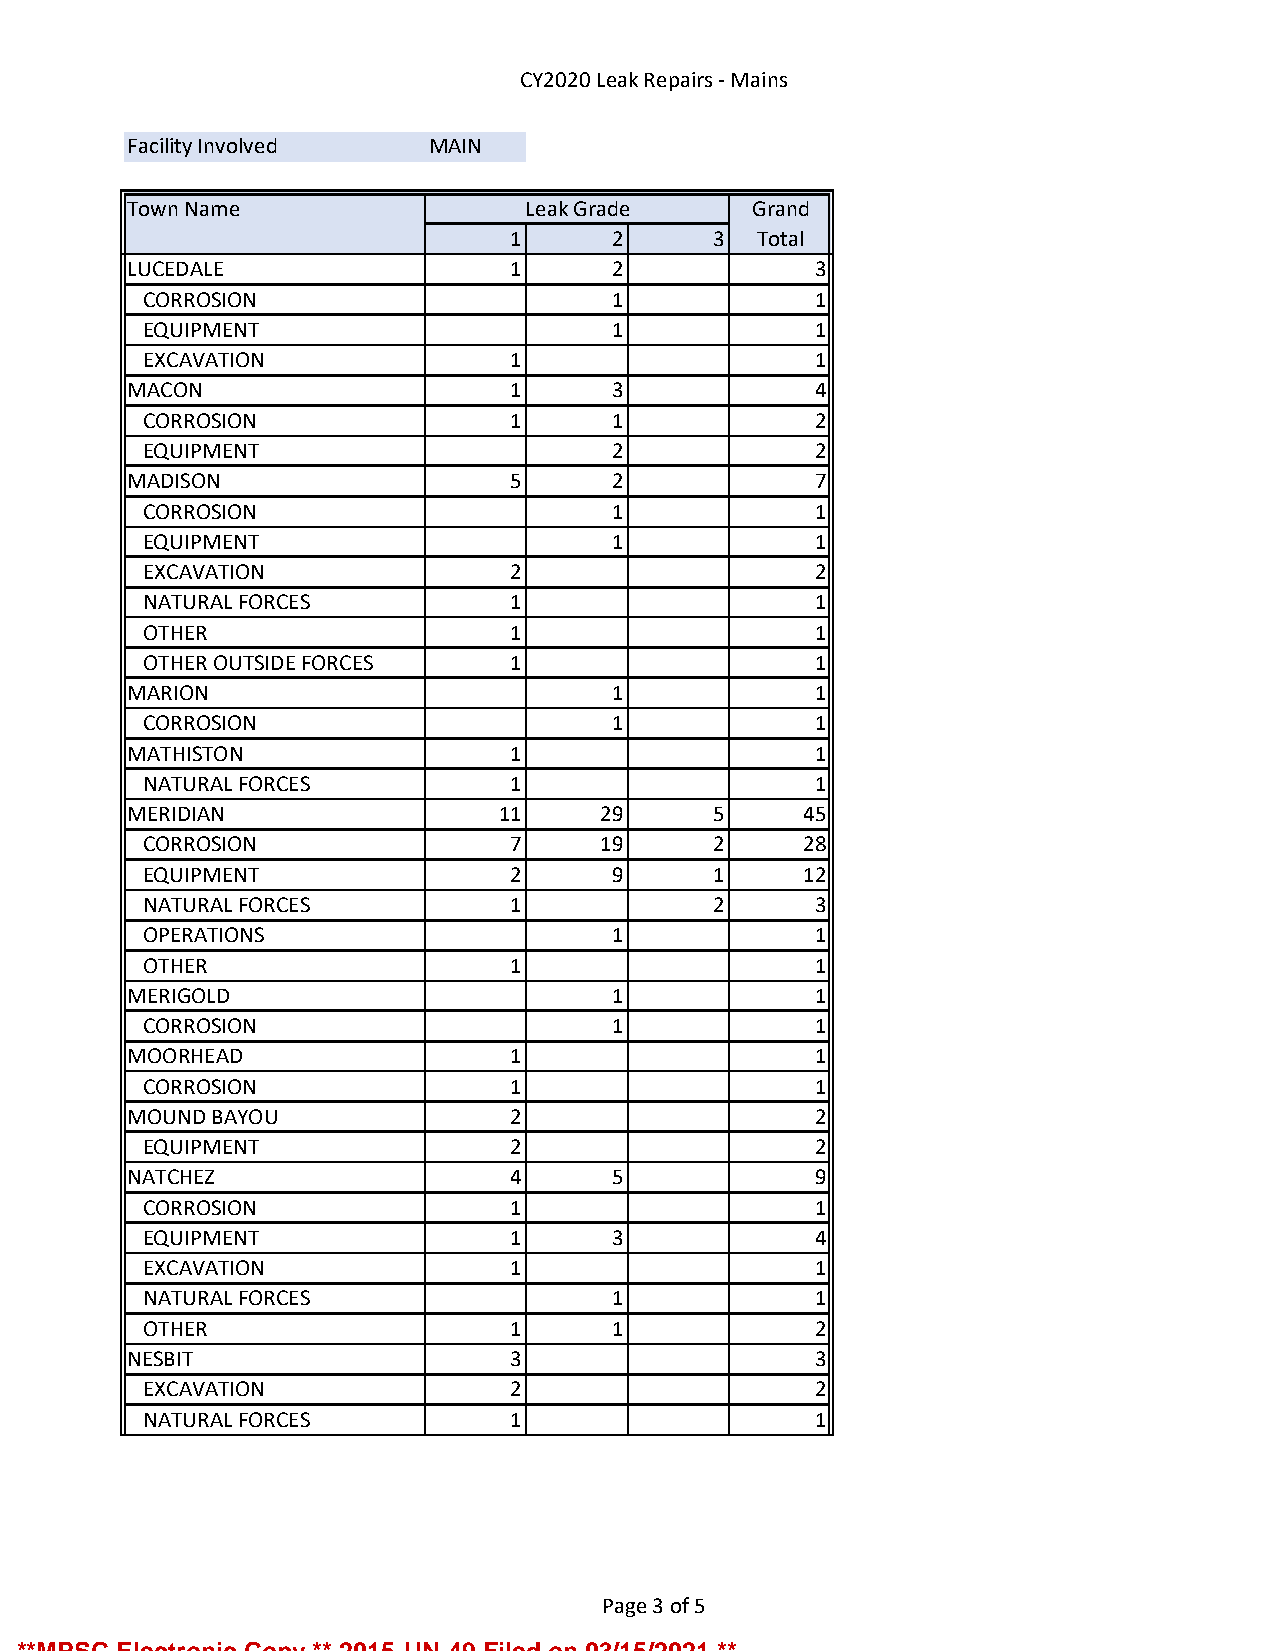
CY2020 Leak Repairs - Mains
 Facility Involved   MAIN
 Town Name                 Leak Grade     Grand
 1      2     3  Total
 LUCEDALE                 1      2            3
 CORROSION                      1            1
 EQUIPMENT                      1            1
 EXCAVATION              1                   1
 MACON                    1      3            4
 CORROSION               1      1            2
 EQUIPMENT                      2            2
 MADISON                  5      2            7
 CORROSION                      1            1
 EQUIPMENT                      1            1
 EXCAVATION              2                   2
 NATURAL FORCES          1                   1
 OTHER                   1                   1
 OTHER OUTSIDE FORCES    1                   1
 MARION                          1            1
 CORROSION                      1            1
 MATHISTON                1                   1
 NATURAL FORCES          1                   1
 MERIDIAN                11     29     5     45
 CORROSION               7     19     2     28
 EQUIPMENT               2      9     1     12
 NATURAL FORCES          1            2      3
 OPERATIONS                     1            1
 OTHER                   1                   1
 MERIGOLD                        1            1
 CORROSION                      1            1
 MOORHEAD                 1                   1
 CORROSION               1                   1
 MOUND BAYOU              2                   2
 EQUIPMENT               2                   2
 NATCHEZ                  4      5            9
 CORROSION               1                   1
 EQUIPMENT               1      3            4
 EXCAVATION              1                   1
 NATURAL FORCES                 1            1
 OTHER                   1      1            2
 NESBIT                   3                   3
 EXCAVATION              2                   2
 NATURAL FORCES          1                   1
 Page 3 of 5
 **MPSC Electronic Copy ** 2015-UN-49 Filed on 03/15/2021 **